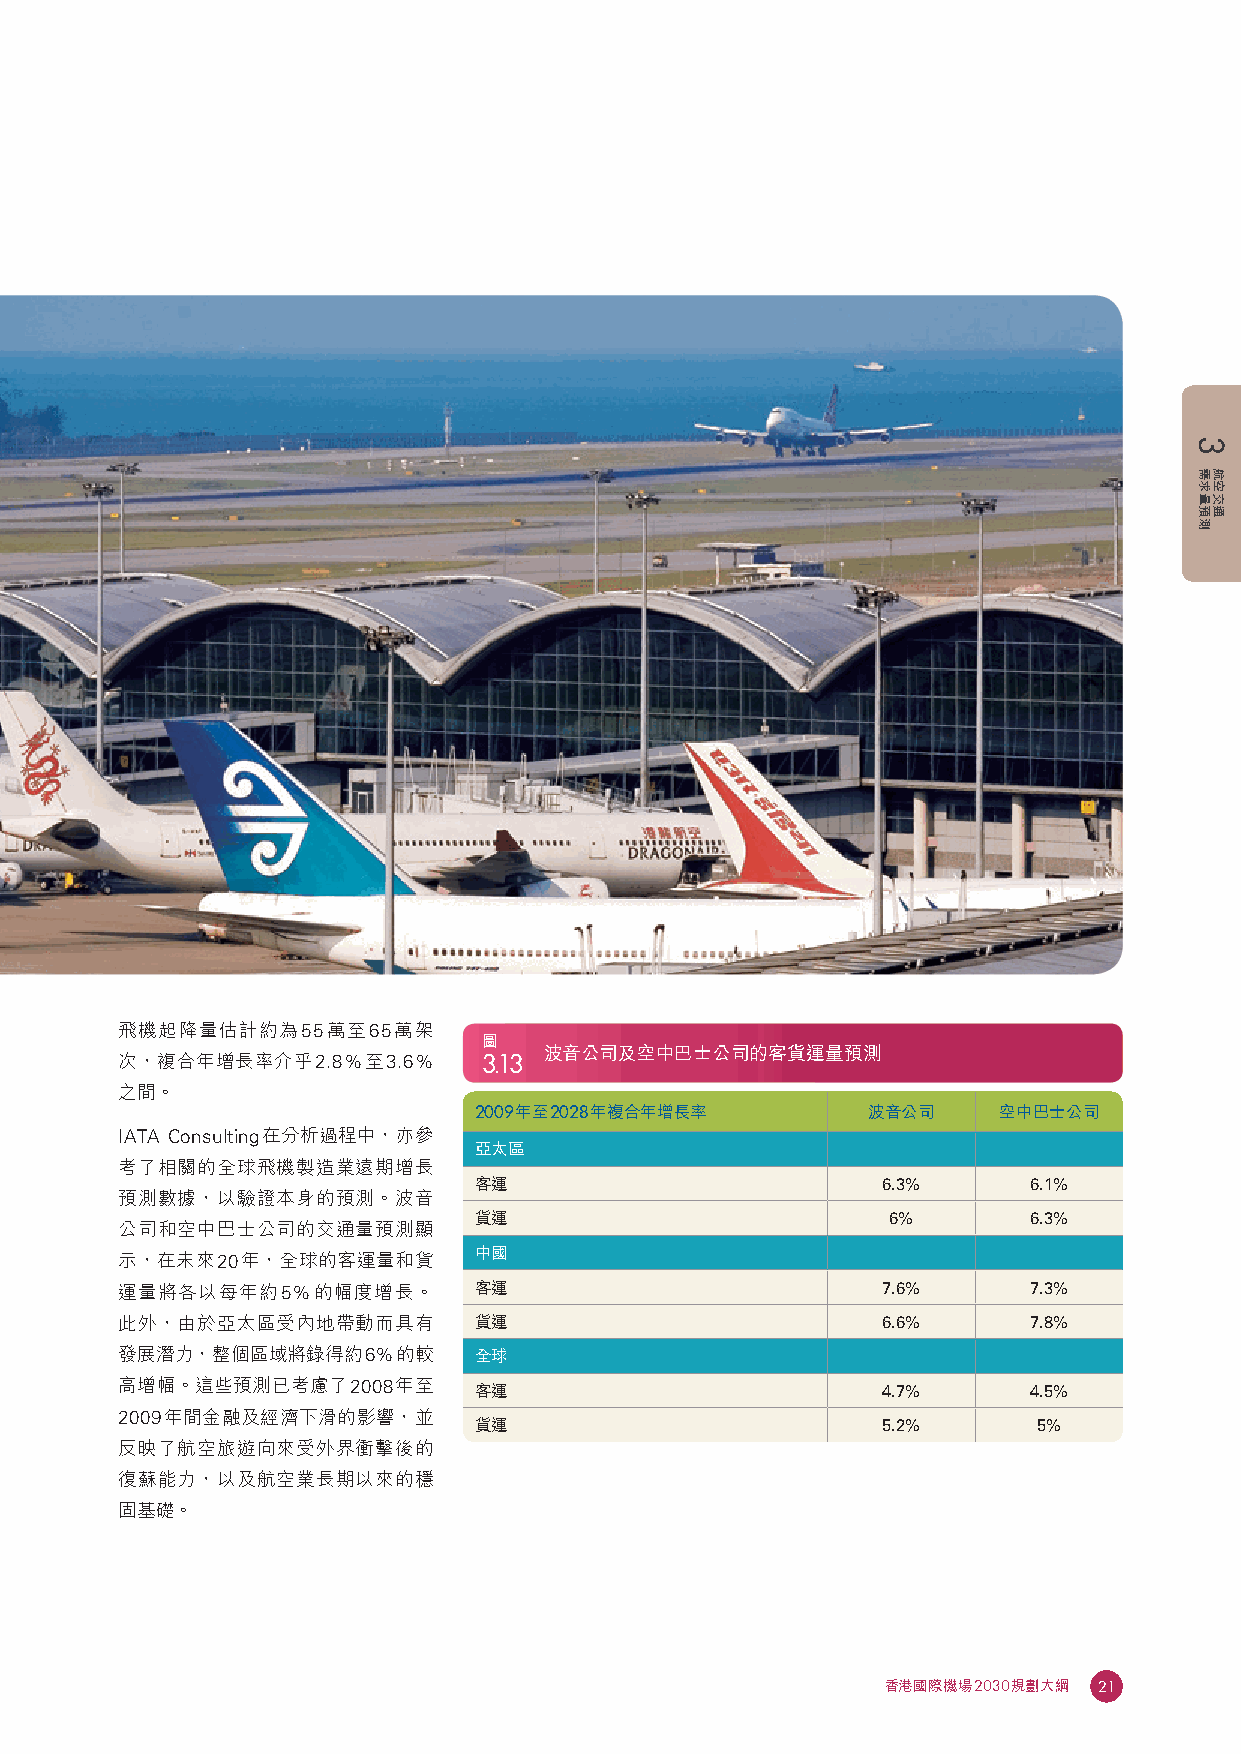
飛機起降量估計約為55萬至65萬架
 圖
 波音公司及空中巴士公司的客貨運量預測
 次，複合年增長率介乎2.8%至3.6%     3.13
 之間。
 2009年至2028年複合年增長率         波音公司     空中巴士公司
 IATA Consulting在分析過程中，亦參
 亞太區
 考了相關的全球飛機製造業遠期增長
 客運                         6.3%      6.1%
 預測數據，以驗證本身的預測。波音
 貨運                          6%       6.3%
 公司和空中巴士公司的交通量預測顯
 中國
 示，在未來20年，全球的客運量和貨
 運量將各以每年約5%的幅度增長。       客運                         7.6%      7.3%
 此外，由於亞太區受內地帶動而具有       貨運                         6.6%      7.8%
 發展潛力，整個區域將錄得約6%的較      全球
 高增幅。這些預測已考慮了2008年至     客運                         4.7%      4.5%
 2009年間金融及經濟下滑的影響，並
 貨運                         5.2%       5%
 反映了航空旅遊向來受外界衝擊後的
 復蘇能力，以及航空業長期以來的穩
 固基礎。
 香港國際機場2030規劃大綱 21
 3
 需求量預測 航空交通